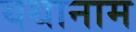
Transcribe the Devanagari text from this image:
यथानाम